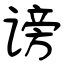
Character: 谤